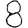
Digit: 8